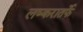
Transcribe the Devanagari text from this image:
लष्करातर्फे